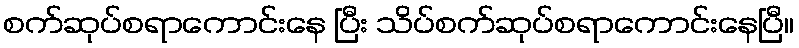
စက်ဆုပ်စရာကောင်းနေ ပြီး သိပ်စက်ဆုပ်စရာကောင်းနေပြီ။